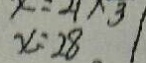
x = 2 8